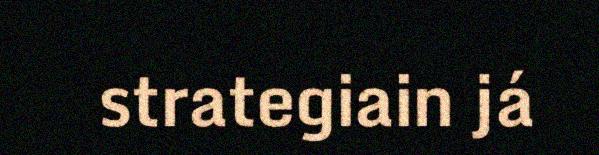
strategiain já